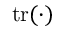
\operatorname { t r } ( \cdot )